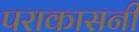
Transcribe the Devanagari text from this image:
पराकासनी